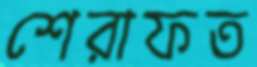
শেরাফত